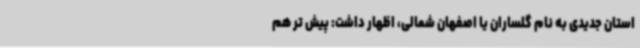
استان جدیدی به نام گلساران یا اصفهان شمالی، اظهار داشت: پیش تر هم